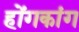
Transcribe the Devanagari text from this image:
होंगकांग